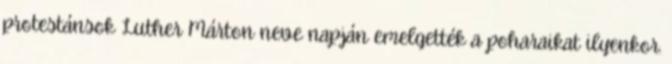
protestánsok Luther Márton neve napján emelgették a poharaikat ilyenkor.